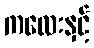
ကလေးနှင့်